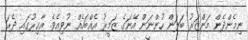
ނިމެންދެން މަންޒަރު ބަލަން ހުންނަން އޭނަގެ ޒަމީރު އެއްބަހެއް ނުވިއެވެ. އާޚިރުގައި ދެރަ